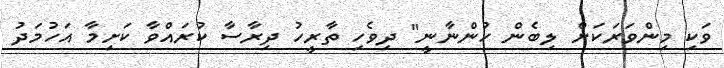
ވަކި މިންވަރަކަށް ލިބެން ހުންނާނީ" ދިވެހި ތާރީހު ދިރާސާ ކުރައްވާ ކަށިމާ އަހުމަދު